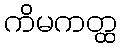
ကိမကတ္ထ